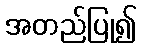
အတည်ပြု၍